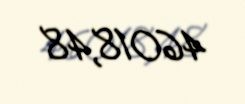
46018,48